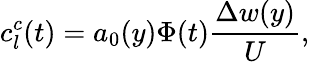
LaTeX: c_{l}^{c}(t)=a_{0}(y)\Phi(t)\frac{\Delta w(y)}{U},